255_413270_UFO's_and_Defense_What_Should_we_Prepare_For
Agency: NASA
Page 65
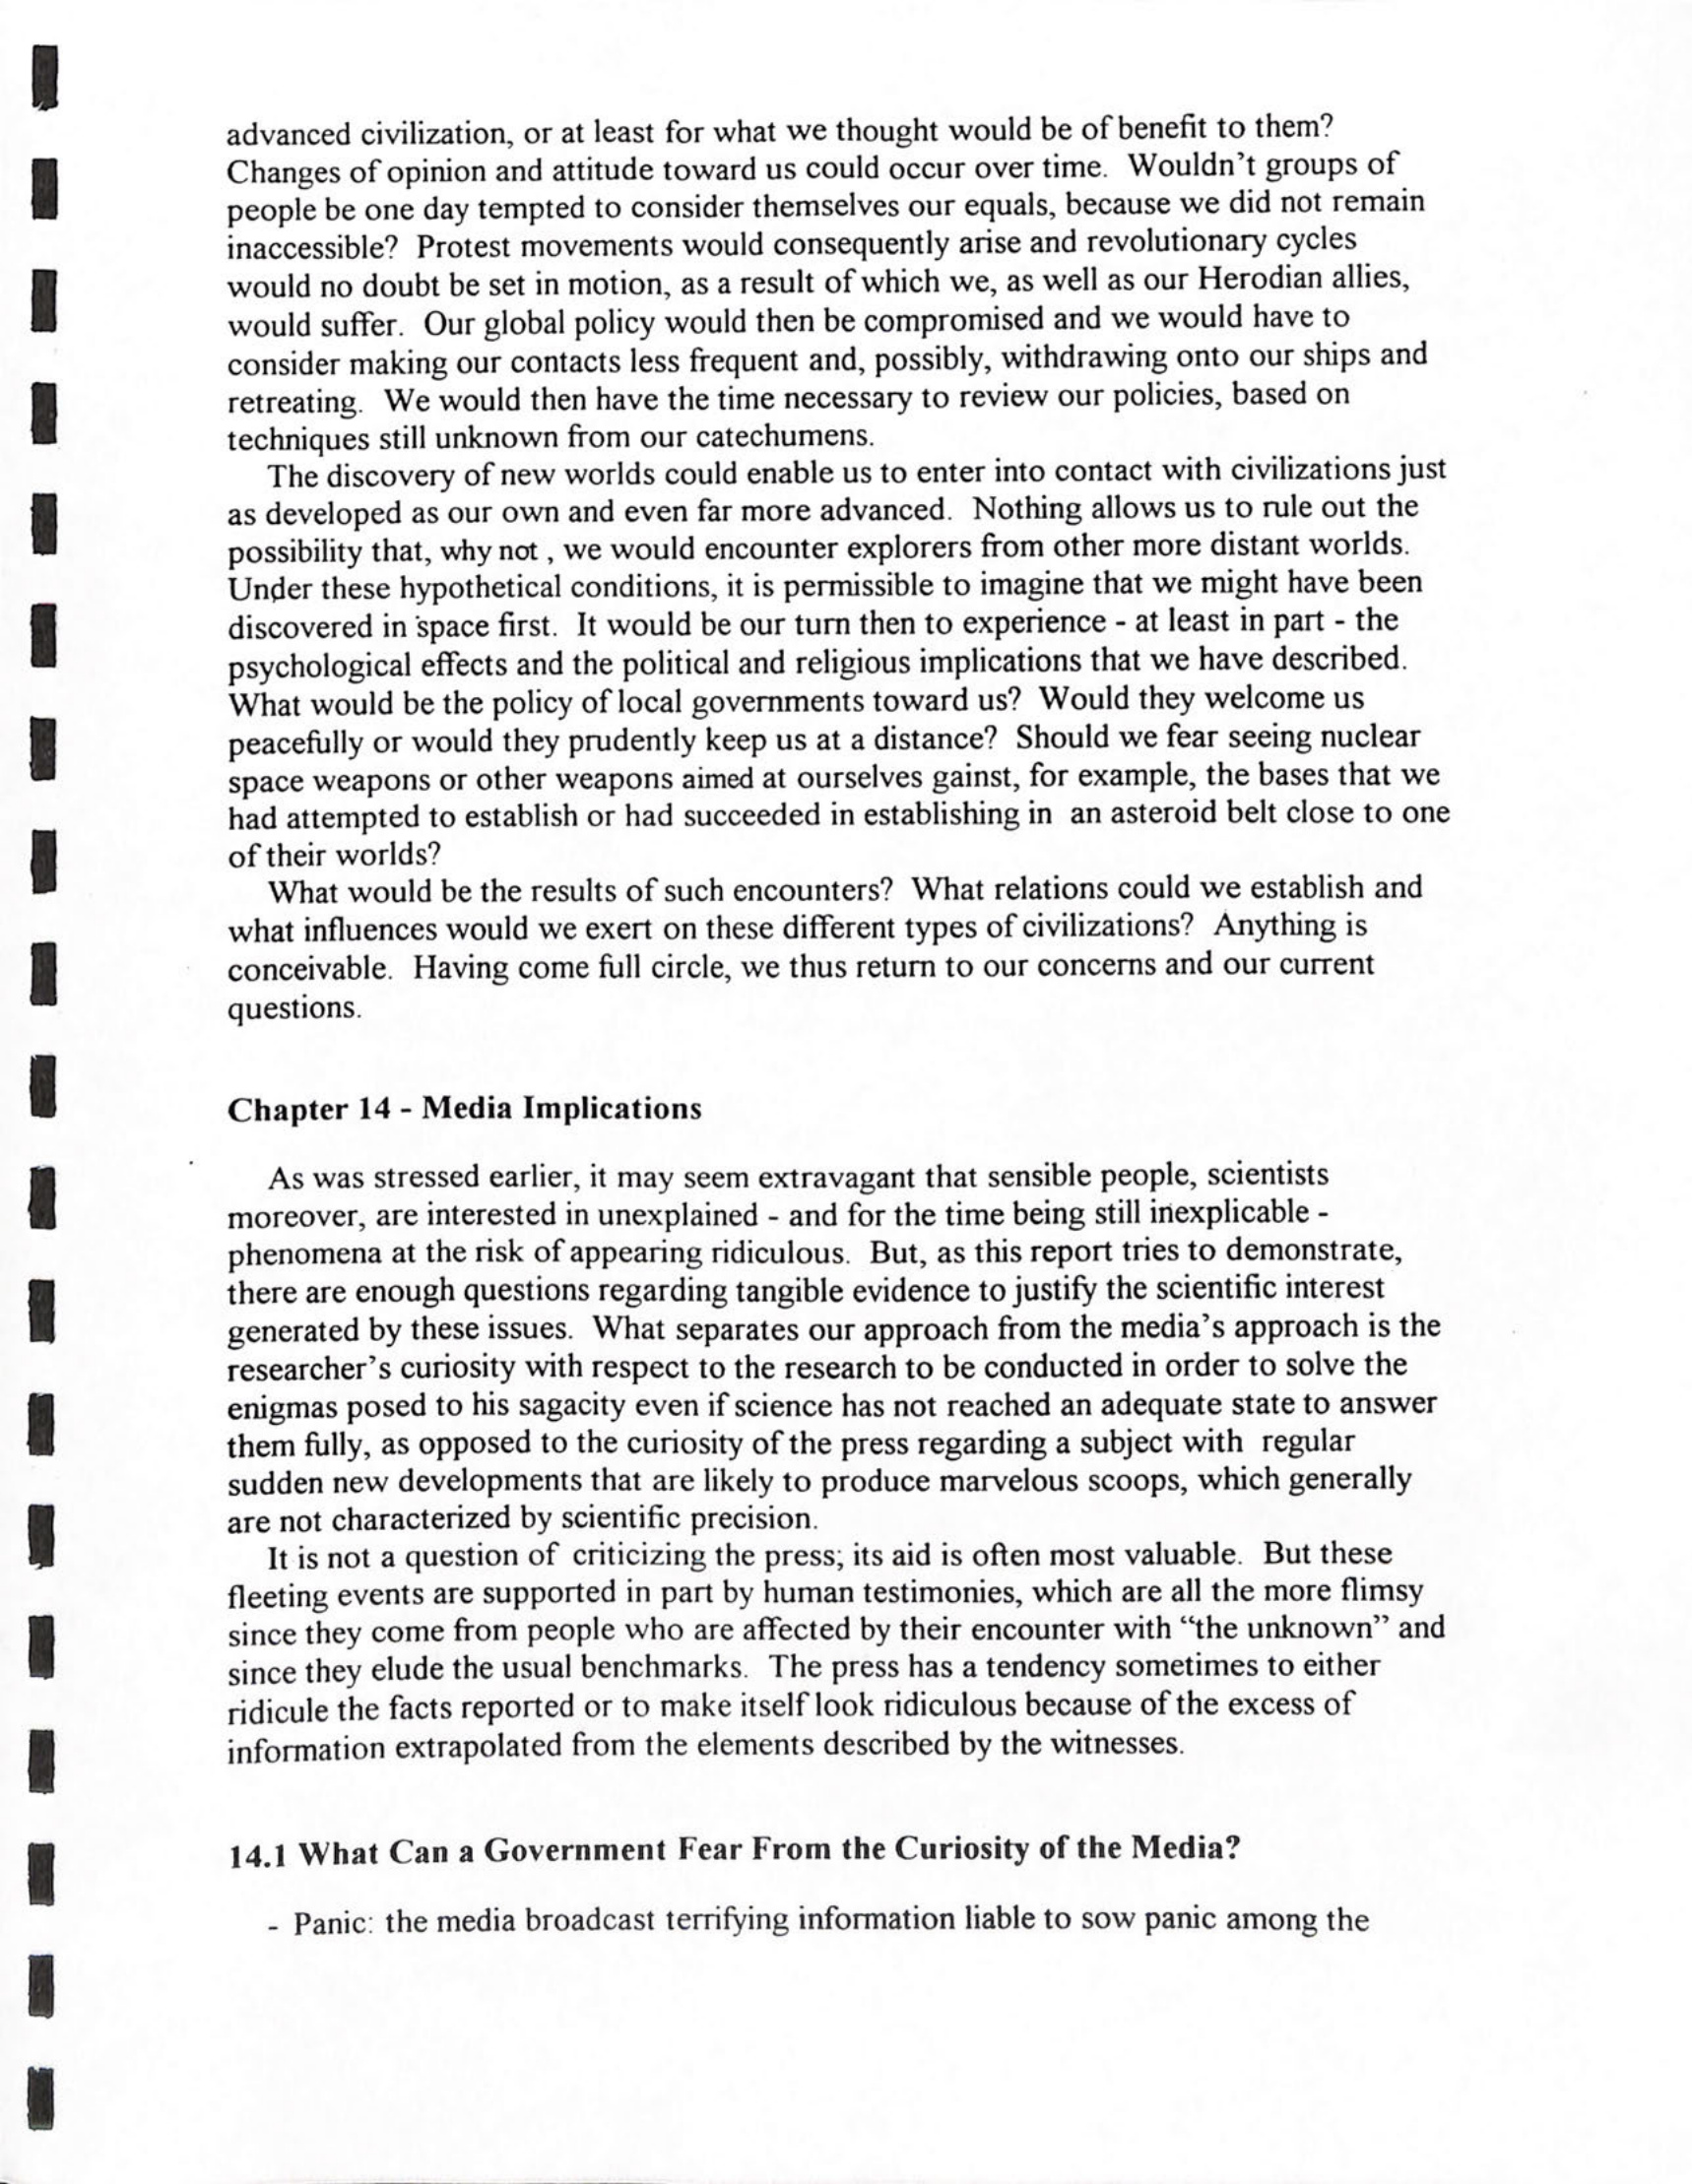